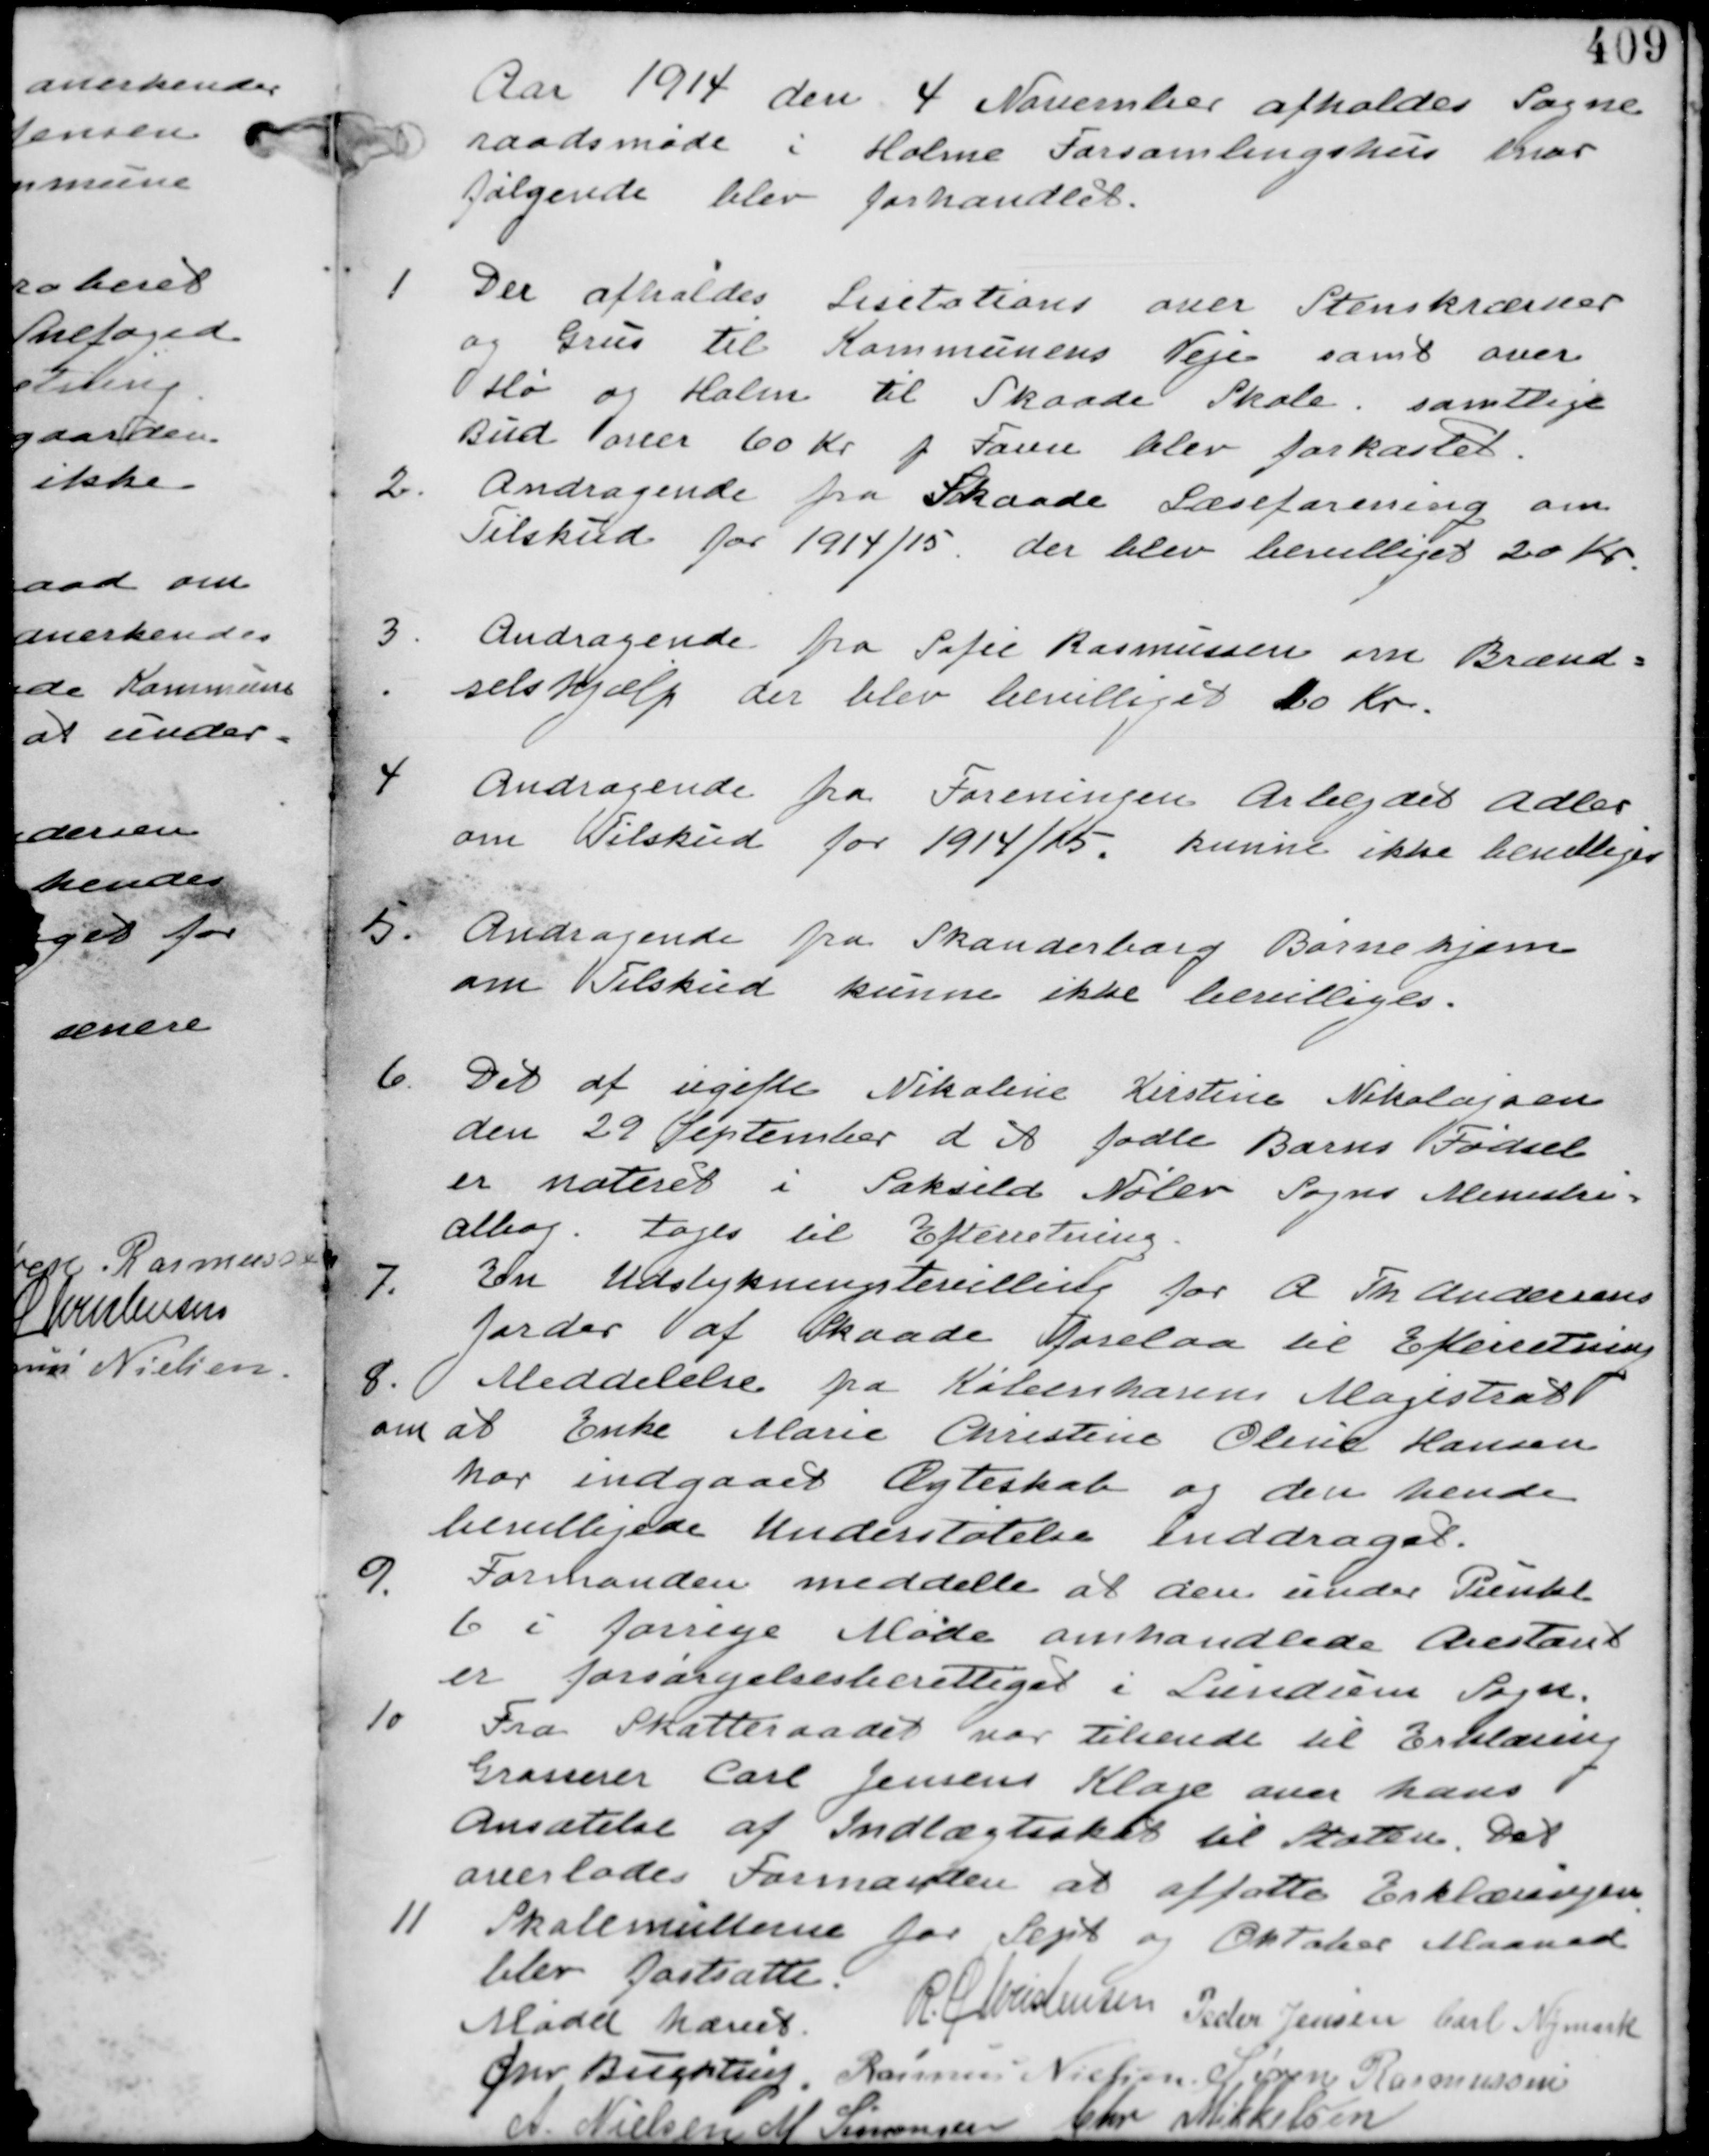
Transskription:
Aar 1914 de 4 November afholdes Sogne-
raadsmøde i Holme Forsamlingshus hvor
følgende blev forhandlet.

1
Der afholdes Lisitationer over Stenskræver
og Grus til Kommunens Veje samt over
Hø og Halm til Skaade Skole. samtlige
Bud over 60 Kr p Faun blev forkastet.

2. Andragende fra Skaade Læseforening om
Tilskud for 1914/15 der blev bevilliget 20 Kr

3. Andragende fra Sofie Rasmussen om Brænd-
selshjælp der blev bevilliget 10 Kr

4 Andragende fra Foreningen Arbejdet Adler
om Tilskud for 1914/15. kunne ikke bevilliges.

5.
Andragende fra Skanderborg Børnehjem
om Tilskud kunne ikke bevilliges.

6. Det af ugifte Nikoline Kirstine Nikolajsen
den 29 September d A fødte Barns Fødsel
er noteret i Saksild Nølev Sogns Ministeri-
albog. Tages til Efterretning

7.
En Udstykningsbevilling for A Th Andersens
Jorder af Skaade forelaa til Efterretning

8. Meddelelse fra Københavns Magistrat
om at Enke Marie Christine Oline Hansen
har indgaaet Ægteskab og den hende
bevilligede Understøttelse Inddraget.

9.
Formanden meddelte at den under Punkt
6 i forrige Møde omhandlende Arestant
er forsørgelsesberettiget i Lundum Sogn.

10. Fra Skatteraadet var tilsendt til Erklæring
Grosserer Carl Jensens Klage over hans
ansættelse af Indtægtsskat til Staten. Det
overlades Formanden at affate Erklæringen

11. Skolemulterne for Sept og Oktober Maaned
blev fastsatte.

Mødet hævet
Chr Buchtrup. Rasmus Nielsen Søren Rasmussen
R Christensen Peder Jensen Carl Nymark
A. Nielsen M Simonsen Chr Mikkelsen